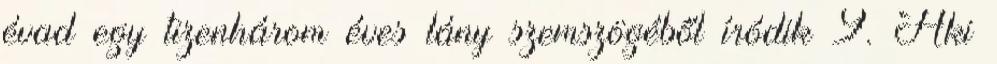
évad egy tizenhárom éves lány szemszögéből íródik 9. Aki